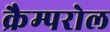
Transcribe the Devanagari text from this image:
क्रैम्परोल